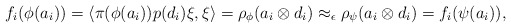
\begin{align*} f_i(\phi(a_i)) = \langle \pi(\phi(a_i)) p(d_i) \xi , \xi \rangle = \rho_\phi(a_i \otimes d_i) \approx_\epsilon \rho_\psi(a_i \otimes d_i) = f_i(\psi(a_i)), \end{align*}